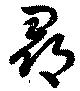
尋